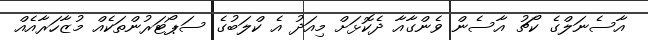
އާސެނަލްގެ ކޯޗު އާސެން ވެންގާއާ ދެކޮޅަށް މިއަދު އެ ކްލަބުގެ ސަޕޯޓަރުންތަކެއް މުޒާހަރާއެއް